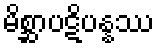
မိစ္ဆာပဋိပန္နဿ